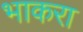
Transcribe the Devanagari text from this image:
भाकरा